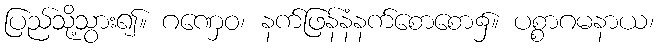
ပြည်သို့သွား၍။ ဂဏှေဝ၊ နက်ဖြန်နံနက်စောစော၌။ ပစ္စာဂမနာယ၊